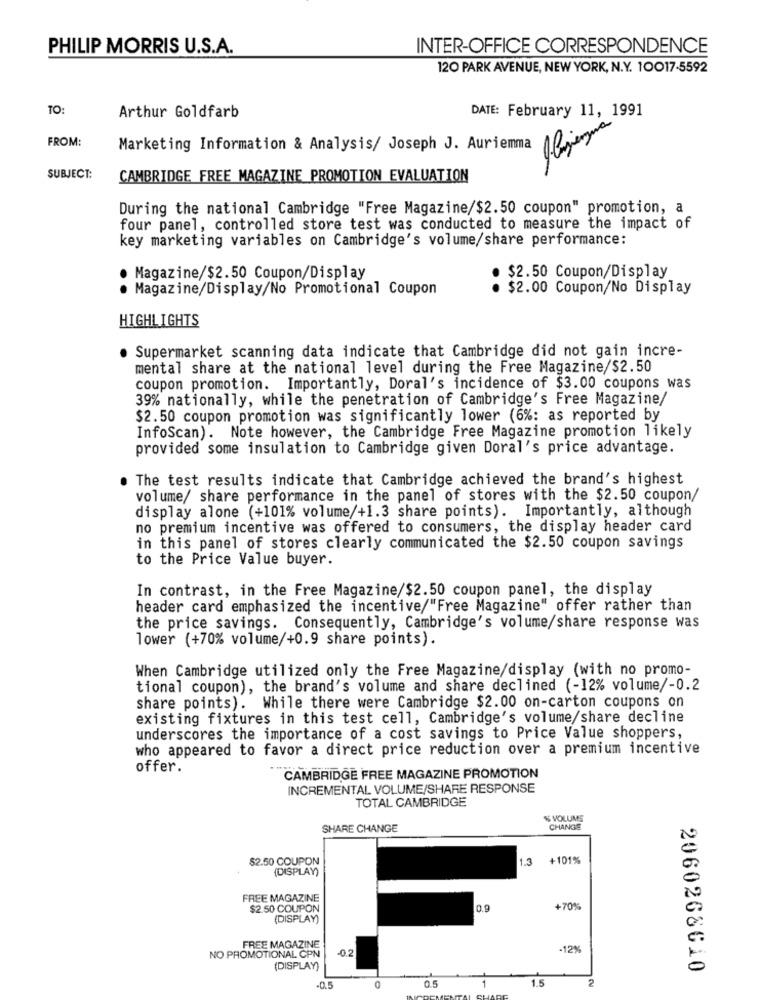
PHILIP MORRIS U.S.A.
INTER-OFFICE CORRESPONDENCE
120 PARK AVENUE, NEW YORK, N.Y. 10017-5592
TO:
Arthur Goldfarb
DATE: February 11, 1991
FROM:
Marketing Information & Analysis/ Joseph J. Auriemma
SUBJECT:
CAMBRIDGE FREE MAGAZINE PROMOTION EVALUATION
During the national Cambridge "Free Magazine/$2.50 coupon" promotion, a
four panel, controlled store test was conducted to measure the impact of
key marketing variables on Cambridge's volume/share performance:
Magazine/$2.50 Coupon/Display
$2.50 Coupon/Display
..
Magazine/Display/No Promotional Coupon
· $2.00 Coupon/No Display
HIGHLIGHTS
Supermarket scanning data indicate that Cambridge did not gain incre-
mental share at the national level during the Free Magazine/$2.50
coupon promotion. Importantly, Doral's incidence of $3.00 coupons was
39% nationally, while the penetration of Cambridge's Free Magazine/
$2.50 coupon promotion was significantly lower (6%: as reported by
InfoScan). Note however, the Cambridge Free Magazine promotion likely
provided some insulation to Cambridge given Doral's price advantage.
The test results indicate that Cambridge achieved the brand's highest
volume/ share performance in the panel of stores with the $2.50 coupon/
display alone (+101% volume/+1.3 share points). Importantly, although
no premium incentive was offered to consumers, the display header card
in this panel of stores clearly communicated the $2.50 coupon savings
to the Price Value buyer.
In contrast, in the Free Magazine/$2.50 coupon panel, the display
header card emphasized the incentive/"Free Magazine" offer rather than
the price savings. Consequently, Cambridge's volume/share response was
lower (+70% volume/+0.9 share points).
When Cambridge utilized only the Free Magazine/display (with no promo-
tional coupon), the brand's volume and share declined (-12% volume/-0.2
share points). While there were Cambridge $2.00 on-carton coupons on
existing fixtures in this test cell, Cambridge's volume/share decline
underscores the importance of a cost savings to Price Value shoppers,
who appeared to favor a direct price reduction over a premium incentive
offer.
CAMBRIDGE FREE MAGAZINE PROMOTION
INCREMENTAL VOLUME/SHARE RESPONSE
TOTAL CAMBRIDGE
& VOLUME
SHARE CHANGE
CHANGE
$2.50 COUPON
1.3
+101%
(DISPLAY)
FREE MAGAZINE
$2.50 COUPON
0.9
+70%
(DISPLAY)
FREE MAGAZINE
0.2
12%
NO PROMOTIONAL CPN
(DISPLAY)
2060268610
1
1.5
2